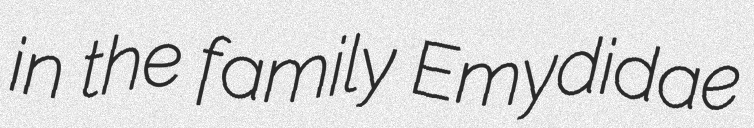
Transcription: in the family Emydidae